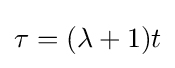
\tau =(\lambda +1)t